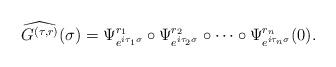
LaTeX: \begin{align*}\widehat{G^{(\tau,r)}}(\sigma)=\Psi_{e^{i\tau_1\sigma}}^{r_1}\circ\Psi_{e^{i\tau_2\sigma}}^{r_2}\circ\cdots\circ\Psi_{e^{i\tau_n\sigma}}^{r_n}(0).\end{align*}